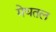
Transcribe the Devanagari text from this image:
मेघतल